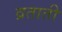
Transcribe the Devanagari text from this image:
व्रताती